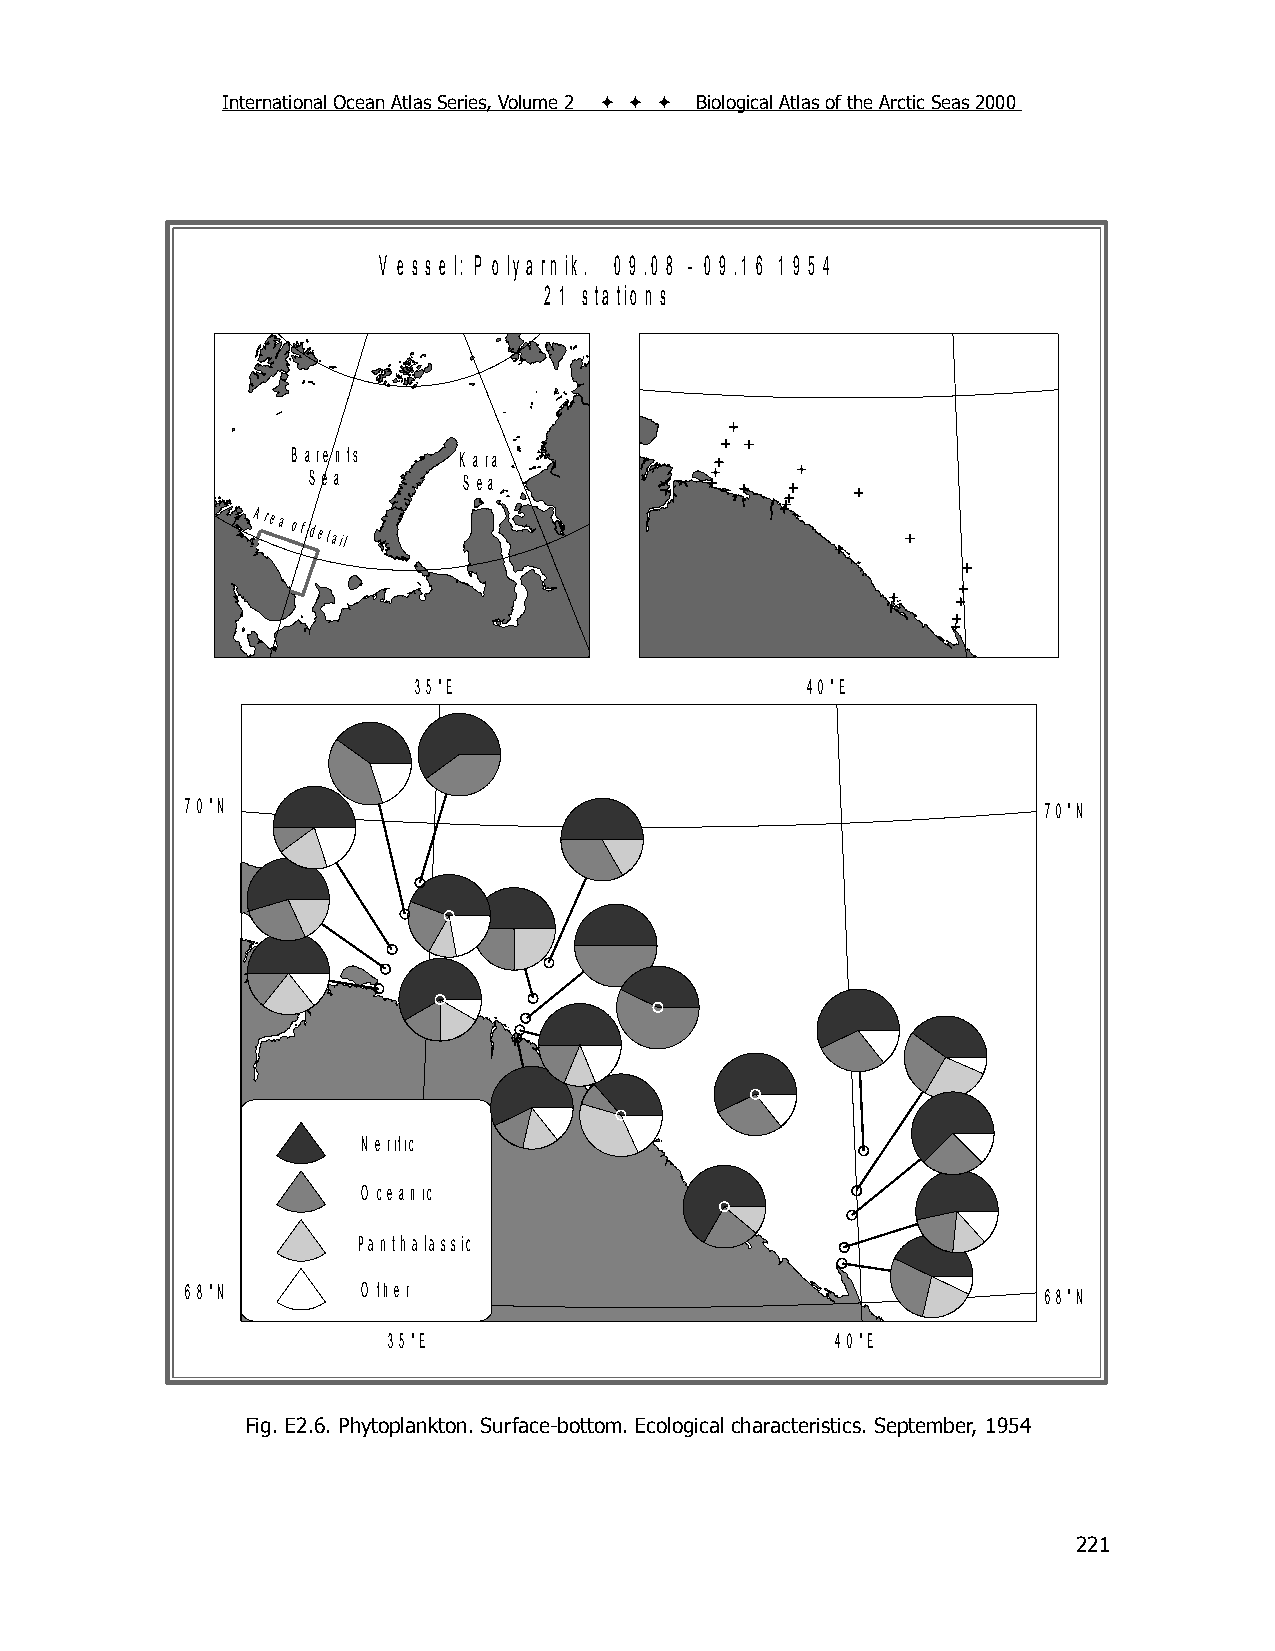
International Ocean Atlas Series, Volume 2    Biological Atlas of the Arctic Seas 2000
 V e s s e l: P o ly a rn ik . 0 9 .0 8 - 0 9 .1 6 1 9 5 4
 2 1 s ta tio n s
 B a re n ts K a ra
 S e a      S e a
 Area
 of detail
 3 5 °E                    4 0 °E
 7 0 °N                                                   7 0 °N
 N e ritic
 O ce a n ic
 PPaanntthhaallaassssiick
 6 8 °N      O th e r                                     6 8 °N
 3 5 °E                       4 0 °E
 Fig. E2.6. Phytoplankton. Surface-bottom. Ecological characteristics. September, 1954
 221